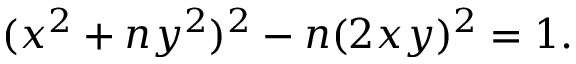
( x ^ { 2 } + n y ^ { 2 } ) ^ { 2 } - n ( 2 x y ) ^ { 2 } = 1 .